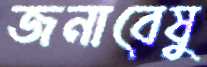
জনাবেষু